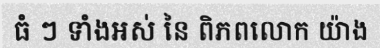
ធំ ៗ ទាំងអស់ នៃ ពិភពលោក យ៉ាង